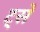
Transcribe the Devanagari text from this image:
ट्से